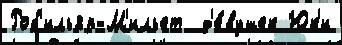
Роб'ильяр-М'ильет  д'е́вушек Юк'и